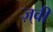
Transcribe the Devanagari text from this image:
ज़्वी